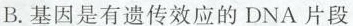
B.基因是有遗传效应的DNA片段